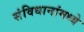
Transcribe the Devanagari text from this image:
संविधानांमध्ये